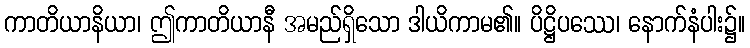
ကာတိယာနိယာ၊ ဤကာတိယာနီ အမည်ရှိသော ဒါယိကာမ၏။ ပိဋ္ဌိပဿေ၊ နောက်နံပါး၌။